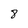
Character: 8